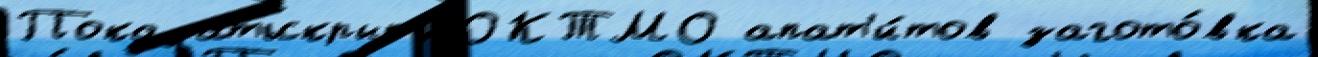
Показатьскрыть ОКТМО апат'и́тов загото́вка